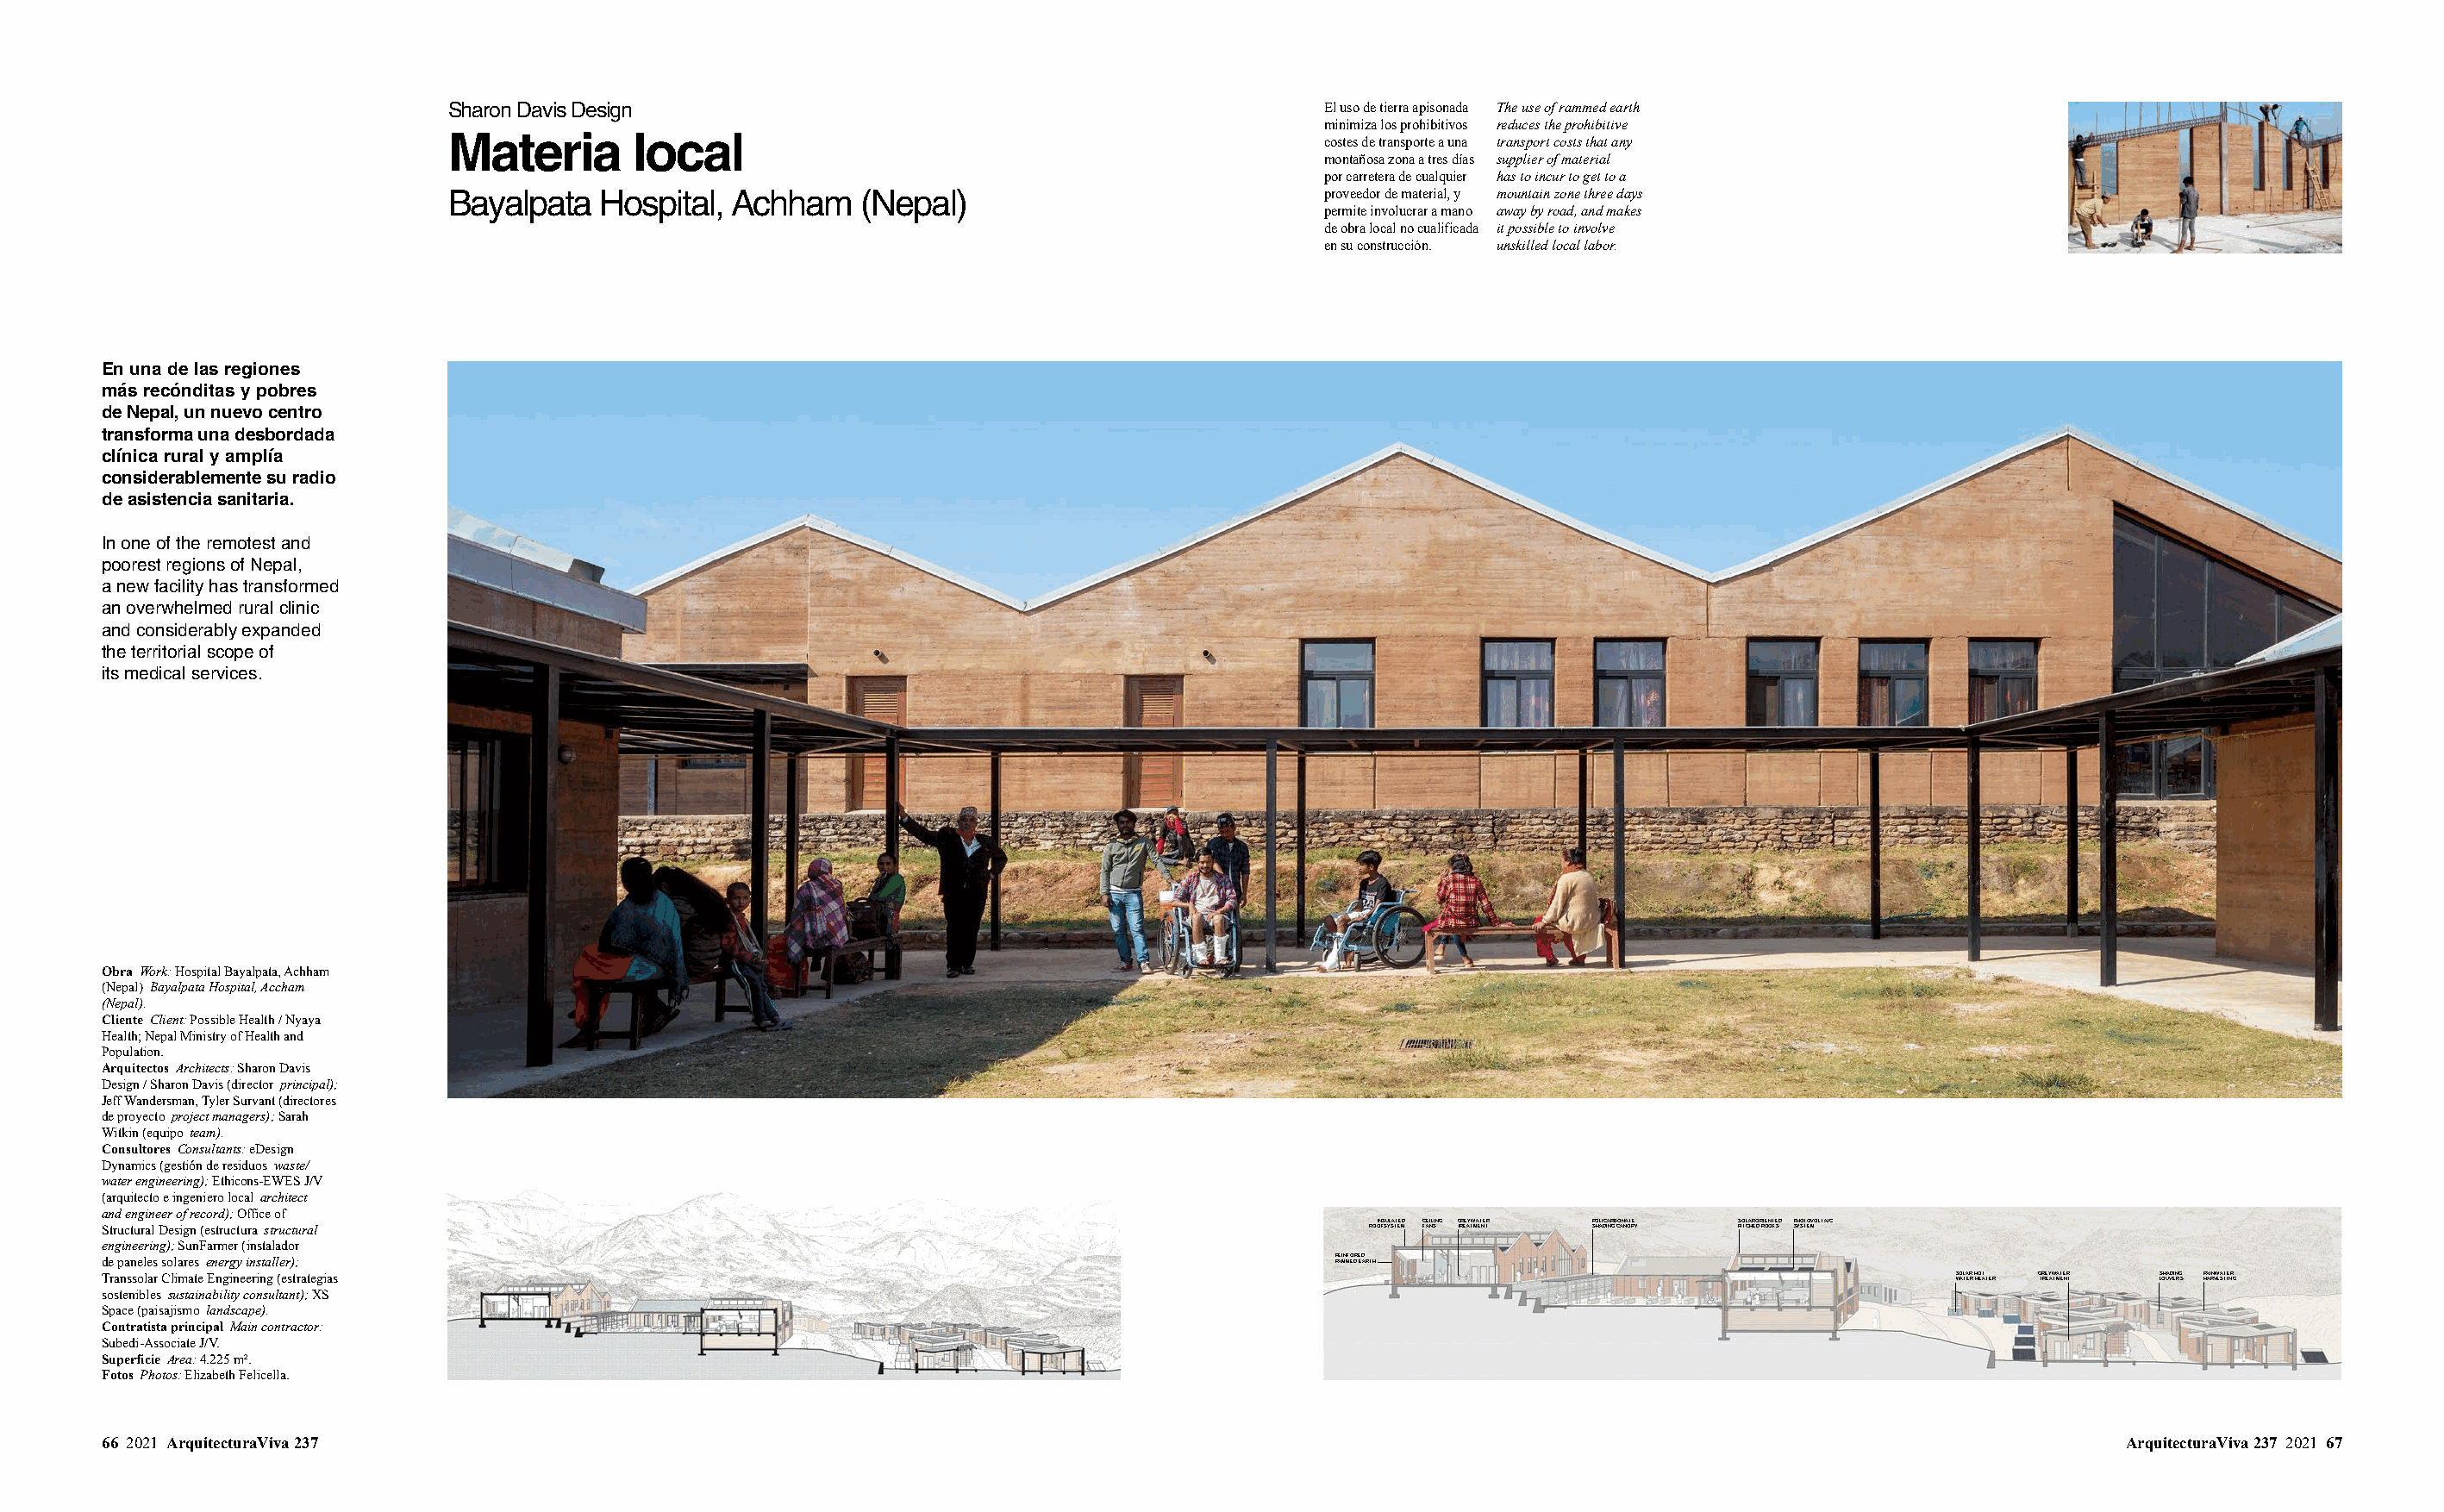
Sharon Davis Design                                                 El uso de tierra apisonada The use of rammed earth
 minimiza los prohibitivos reduces the prohibitive
 Materia        local                                                costes de transporte a una transport costs that any
 montañosa zona a tres días supplier of material
 por carretera de cualquier has to incur to get to a
 Bayalpata   Hospital, Achham    (Nepal)                             proveedor de material, y mountain zone three days
 permite involucrar a mano away by road, and makes
 de obra local no cualificada it possible to involve
 en su construcción. unskilled local labor.
 En una de las regiones
 más recónditas y pobres
 de Nepal, un nuevo centro
 transforma una desbordada
 clínica rural y amplía
 considerablemente su radio
 de asistencia sanitaria.
 In one of the remotest and
 poorest regions of Nepal,
 a new facility has transformed
 an overwhelmed rural clinic
 and considerably expanded
 the territorial scope of
 its medical services.
 Obra Work: Hospital Bayalpata, Achham
 (Nepal) Bayalpata Hospital, Accham
 (Nepal).
 Cliente Client: Possible Health / Nyaya
 Health; Nepal Ministry of Health and
 Population.
 Arquitectos Architects: Sharon Davis
 Design / Sharon Davis (director principal);
 Jeff Wandersman, Tyler Survant (directores
 de proyecto project managers); Sarah
 Witkin (equipo team).
 Consultores Consultants: eDesign
 Dynamics (gestión de residuos waste/
 water engineering); Ethicons-EWES J/V
 (arquitecto e ingeniero local architect
 and engineer of record); Office of
 Structural Design (estructura structural
 ROOINFS SUYLSATTEEMD CFAENILSING GTRREEAYTWMAETNETR PSOHALIDCIANRGB COANNAOTPEY SPOITLCAHRE DO RRIOENOTFESD PSHYSOTTEOMVOLTAIC
 engineering); SunFarmer (instalador
 de paneles solares energy installer);                                                          RREAIMNMFOEDR EEDA RTH
 Transsolar Climate Engineering (estrategias                                                                                                   SWOALTAERR HHOETATER GTRREEYAWTMATEENRT SLOHUADVEINRGS RHAAIRNVWEASTTEINRG
 sostenibles sustainability consultant); XS
 Space (paisajismo landscape).
 Contratista principal Main contractor:
 Subedi-Associate J/V.
 Superficie Area: 4.225 m².
 Fotos Photos: Elizabeth Felicella.
 66 2021 ArquitecturaViva 237                                                                                                                               ArquitecturaViva 237 2021 67